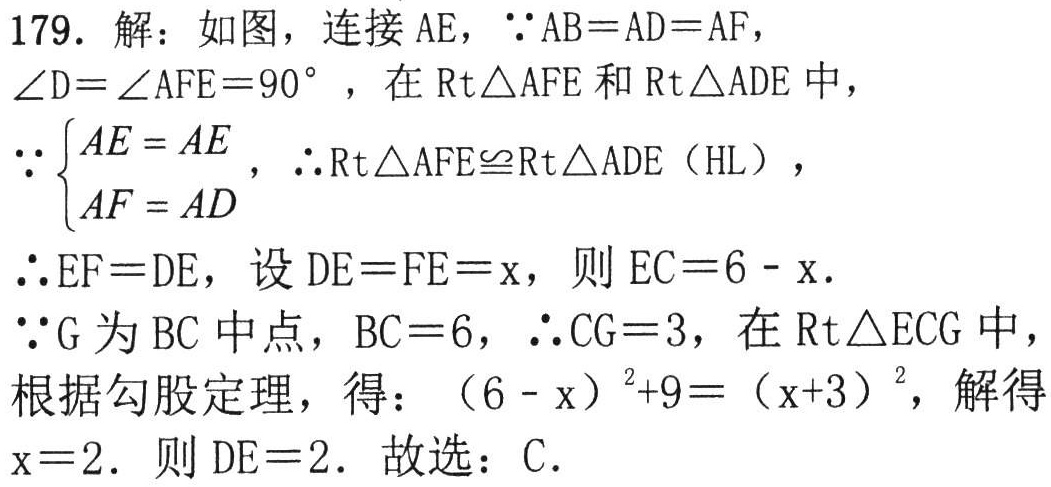
179. 解：如图，连接 \(AE\)，\(\because AB = AD=AF\)，\(\angle D=\angle AFE = 90^{\circ}\)，在 \(Rt\triangle AFE\) 和 \(Rt\triangle ADE\) 中，

\(\because\begin{cases}AE = AE\\AF = AD\end{cases}\)，\(\therefore Rt\triangle AFE\cong Rt\triangle ADE\)（HL），

\(\therefore EF = DE\)，设 \(DE = FE=x\)，则 \(EC = 6 - x\).

\(\because G\) 为 \(BC\) 中点，\(BC = 6\)，\(\therefore CG = 3\)，在 \(Rt\triangle ECG\) 中，

根据勾股定理，得：\((6 - x)^{2}+9=(x + 3)^{2}\)，解得 \(x = 2\). 则 \(DE = 2\). 故选：C.